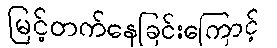
မြင့်တက်နေခြင်းကြောင့်